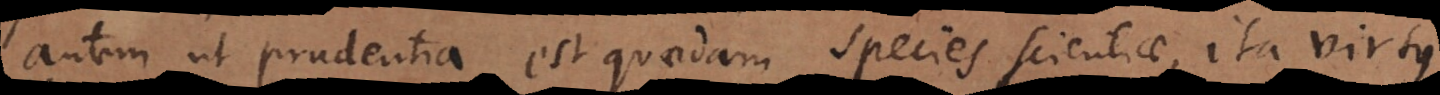
autem ut prudentia est quaedam species scientiae, ita esse